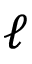
\ell